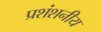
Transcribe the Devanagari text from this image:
प्रशंशनीय